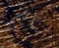
تنام